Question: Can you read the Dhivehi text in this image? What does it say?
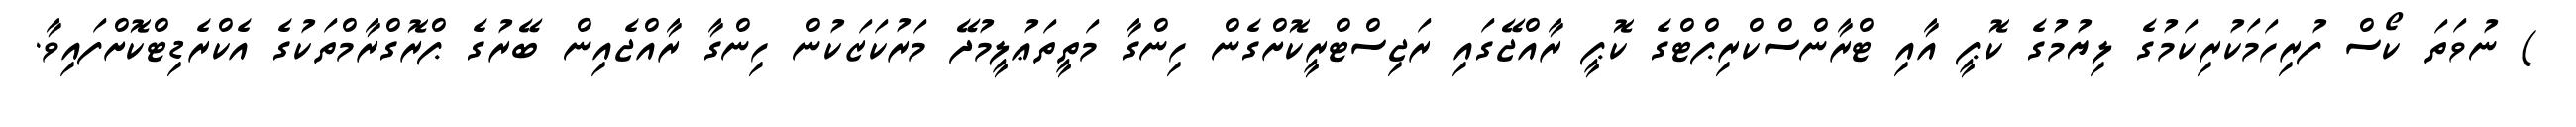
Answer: ) ނުވަތަ ކޯސް ފުރިހަމަކުރިކަމުގެ ލިޔުމުގެ ކޮޕީ އާއި ޓްރާންސްކްރިޕްޓްގެ ކޮޕީ ރާއްޖޭގައި ރަޖިސްޓްރީކޮށްގެން ހިންގާ މަތީތަޢުލީމުދޭ މަރުކަޒަކުން ހިންގާ ރާއްޖެއިން ބޭރުގެ ޕްރޮގްރާމްތަކުގެ އެކްރެޑިޓްކޮށްފައިވާ.